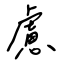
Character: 慮